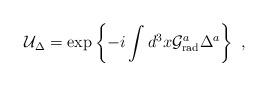
LaTeX: \begin{align*}{\cal U}_{\Delta} = \exp \left\{ -i \int d^{3}x {\cal G}_{\rm rad}^a\Delta^{a} \right\} \ ,\end{align*}